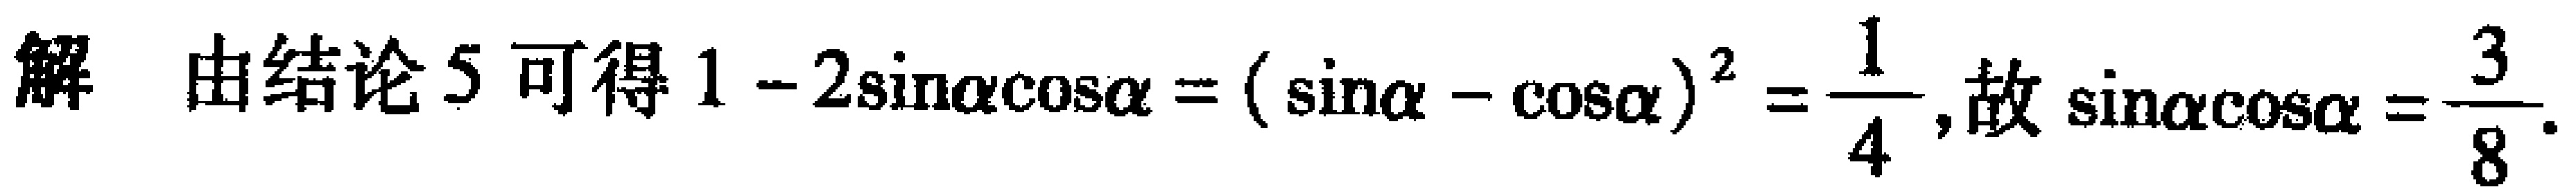
解 由结论5可得 \(1 - 2\sin\alpha\cos\alpha = (\sin\alpha - \cos\alpha)^2 = \frac{1}{4}\),故\(\sin\alpha\cos\alpha = \frac{3}{8}\).